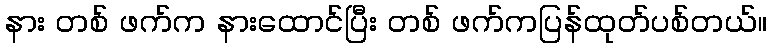
နား တစ် ဖက်က နားထောင်ပြီး တစ် ဖက်ကပြန်ထုတ်ပစ်တယ်။